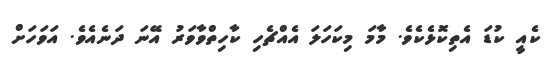
ކެއީ ކުޑަ އެތިކޮޅެކެވެ. މާމަ މިކަހަލަ އެއްޗެހި ކާހިތްވާވަރު އޭނަ ދަނެއެވެ. އަވަހަށް